Annual report of the Bengal Veterinary College and of the Civil Veterinary Department, Bengal, for the year 1914-1915 - 1914-1915
Year: 1914
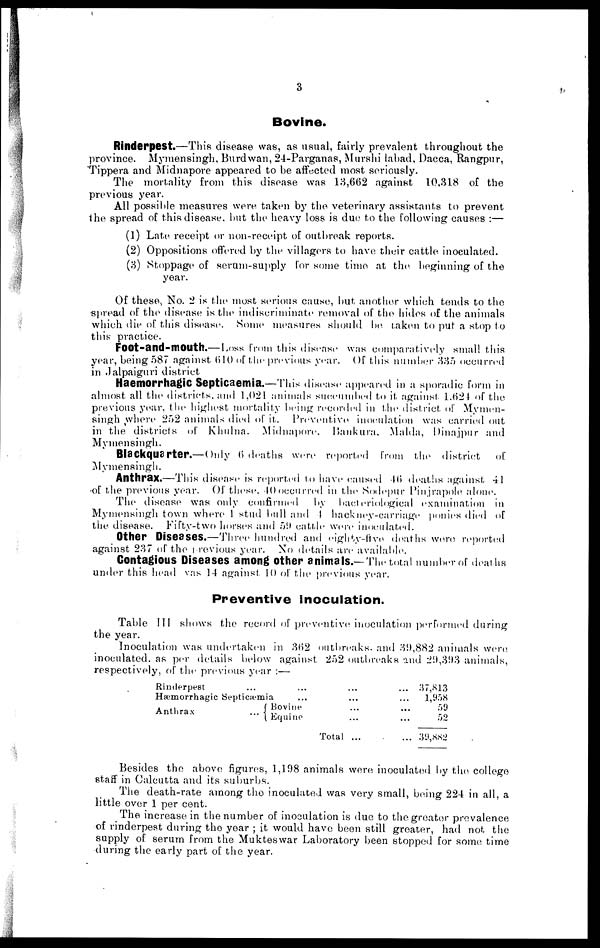
3
Bovine.
Rinderpest.—This disease was, as usual, fairly prevalent throughout the
province. Mymensingh, Burdwan, 24-Parganas, Murshi labad, Dacca, Rangpur,
Tippera and Midnapore appeared to be affected most seriously.
The mortality from this disease was 13,662 against 10,318 of the
previous year.
All possible measures were taken by the veterinary assistants to prevent
1he spread of this disease, but the heavy loss is duo to the following causes :—
(1) Late receipt or non-receipt of outbreak reports.
(2) Oppositions offered by the villagers to have their cattle inoculated.
(3) Stoppage of serum-supply for some time at the beginning of the
year.
Of these, No. 2 is the most serious cause, but another which tends to the
spread of the disease is the indiscriminate removal of the hides of the animals
which die of this disease. Some measures should be taken to put a stop to
this practice.
Foot-and-mouth.— Loss from this disease was comparatively small this
year, being 587 against 610 of the previous year. Of this number 335 occurred
in Jalpaiguri district
Haemorrhagic Septicaemia.—This disease appeared in a sporadic form in
almost all the districts, and 1,021 animals succumbed to it against. 1.624 of the
previous year, the highest mortality being recorded in the district of Mymen-
singh where 252 animals died of it. Preventive inoculation was carried out
in the districts of Khulna, Midnapore, Bankura, Malda, Dinajpur and
Mymensingh.
Blackquarter.—Only 6 deaths were reported from the district
of
Mymensingh.
Anthrax.—This disease is reported to have caused 46 deaths against 41
of the previous year. Of these. 40 occurred in the Sodepur Pinjrapole alone.
The disease was only confirmed
by bacteriological examination in
Mymensingh town where 1 stud bull and 4 hackney-carriage ponies died of
the disease. Fifty-two horses and 59 cattle were inoculated.
Other Diseases.—Three hundred and eighty-five deaths wore, reported
against 237 of the previous year. No details are available.
Contagious Diseases among other animals.—The total number of deaths
under this head was 14 against. 10 of the previous year.
Preventive inoculation.
Table III shows the record of preventive inoculation performed during
the year.
Inoculation was undertaken in 362 outbreaks, and 39,882 animals were
inoculated as per details below against 252 outbreaks and 29,393 animals.
respectively, of the previous year :—
Rinderpest
...
Hæmorrhagic Septicæmia ...
Anthrax
Bovine
... Equine
...
...
...
...
Total ...
... 37,813
...
1,958
... 59
... 52
... 39,882
Besides the above figures, 1,198 animals were inoculated by the college
staff in Calcutta and its suburbs.
The death-rate among the inoculated was very small, being 224 in all, a
little over 1 per cent.
The increase in the number of inoculation is due to the greater prevalence
of rinderpest during the year ; it would have been still greater, had not the
supply of serum from the Mukteswar Laboratory been stopped for some time
during the early part of the year.